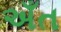
અઁત